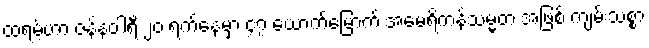
ထရမ့်ဟာ ဇန်နဝါရီ ၂၀ ရက်နေ့မှာ ၄၇ ယောက်မြောက် အမေရိကန်သမ္မတ အဖြစ် ကျမ်းသစ္စာ